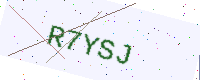
Text: R7YSJ